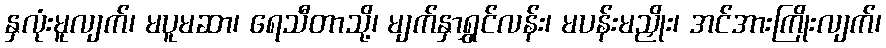
နှလုံးမူလျက်၊ မပူမဆာ၊ ရေသီတာသို့၊ မျက်နှာရွှင်လန်း၊ မပန်းမညှိုး၊ အင်အားကြိုးလျက်၊